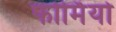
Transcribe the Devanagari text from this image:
फोर्मियो